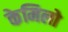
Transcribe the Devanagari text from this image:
केमिलो